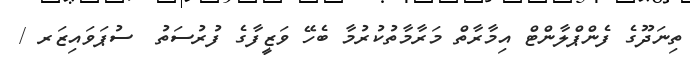
ތިނަދޫގެ ފެންޕްލާންޓް އިމާރާތް މަރާމާތުކުރުމާ ބެހޭ ވަޒީފާގެ ފުރުސަތު  ސުޕަވައިޒަރ /